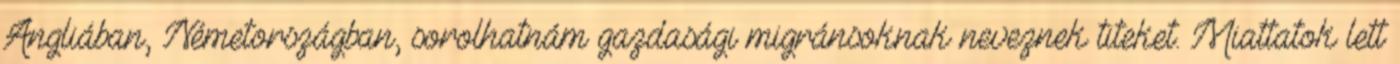
Angliában, Németországban, sorolhatnám gazdasági migránsoknak neveznek titeket. Miattatok lett